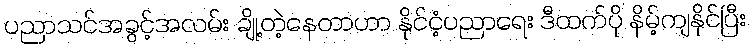
ပညာသင်အခွင့်အလမ်း ချို့တဲ့နေတာဟာ နိုင်ငံ့ပညာရေး ဒီထက်ပို နိမ့်ကျနိုင်ပြီး